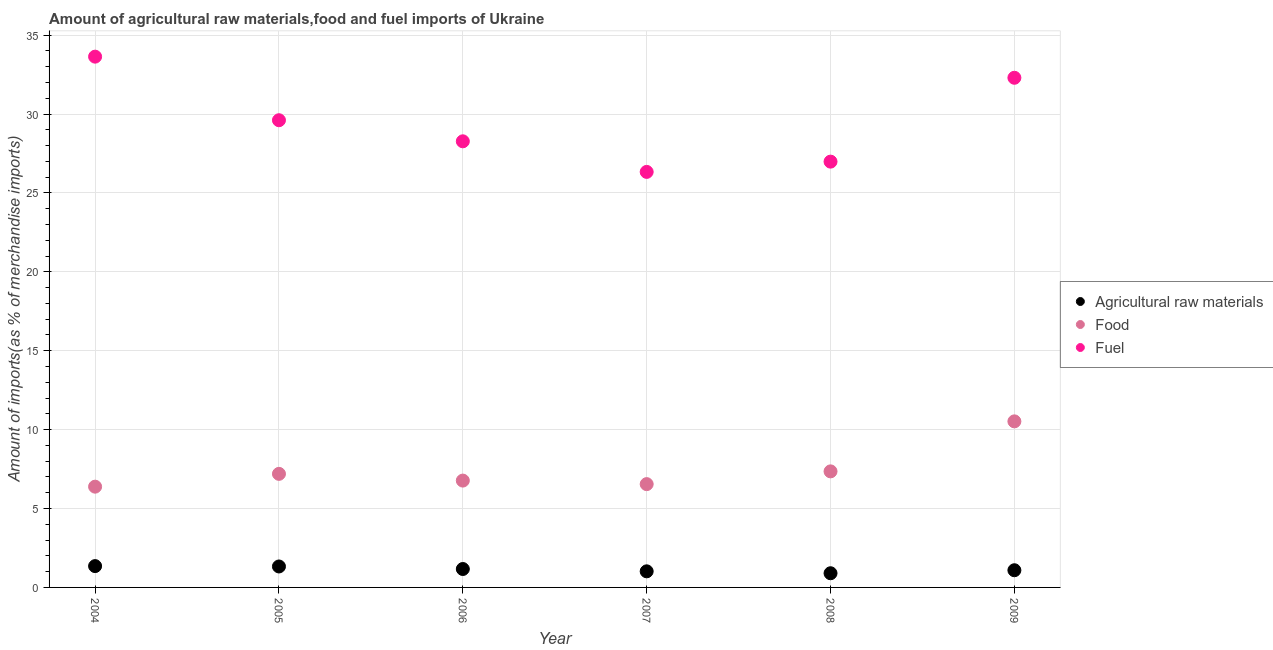
| Year | Agricultural raw materials | Food | Fuel |
 | --- | --- | --- | --- |
 | 2004 | 1.35 | 6.39 | 33.6 |
 | 2005 | 1.33 | 7.2 | 29.6 |
 | 2006 | 1.17 | 6.77 | 28.3 |
 | 2007 | 1.02 | 6.55 | 26.3 |
 | 2008 | 0.899 | 7.35 | 27 |
 | 2009 | 1.09 | 10.5 | 32.3 |